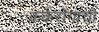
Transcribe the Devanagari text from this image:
कर्करोगांची